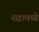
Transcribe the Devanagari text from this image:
नद्यामध्ये